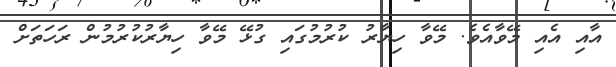
އާއި އެއި މޭވާއެވެ. މޭވާ ހިޔާރު ކުރުމުގައި ގުޅޭ މޭވާ ހިޔާރުކުރުމުން ރަހަތަށް